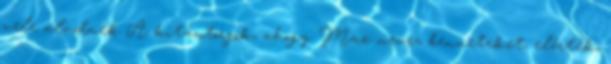
vele aludnék A kitántorgók, ahogy Max nevez benneteket, elérték,